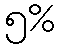
၅%